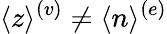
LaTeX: \langle z\rangle^{(v)}\neq\langle n\rangle^{(e)}